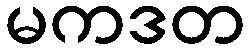
မကဒတ